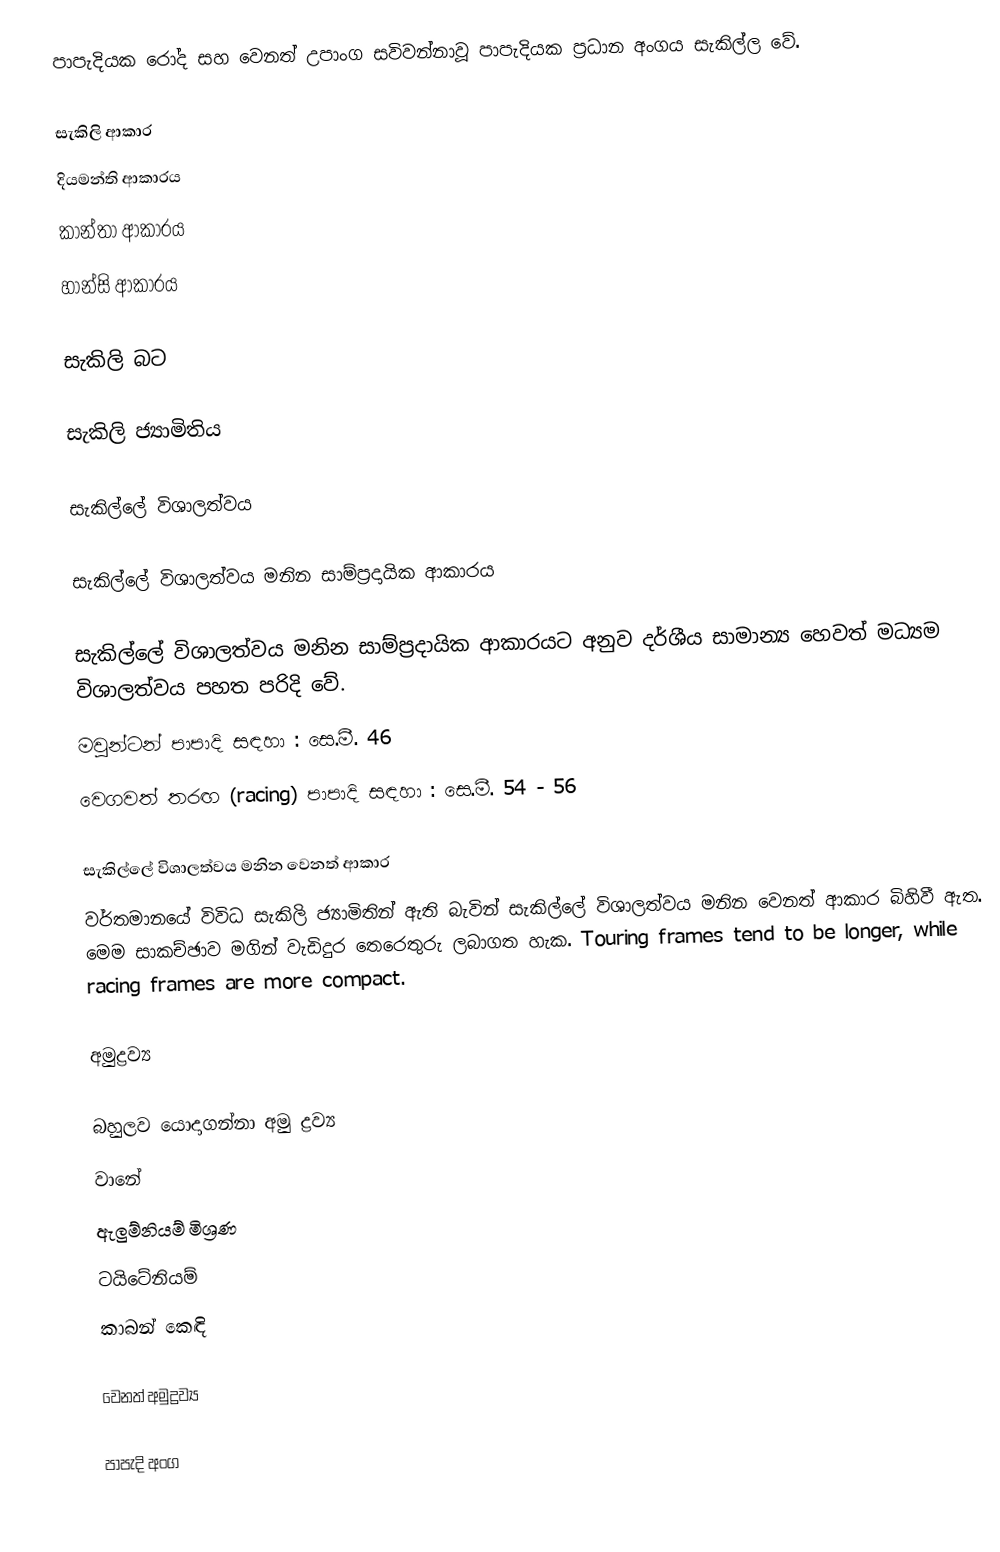
පාපැදියක රෝද සහ වෙනත් උපාංග සවිවන්නාවූ පාපැදියක ප්‍රධාන අංගය සැකිල්ල වේ.

සැකිලි ආකාර
 දියමන්ති ආකාරය
 කාන්තා ආකාරය
 හාන්සි ආකාරය

සැකිලි බට

සැකිලි ජ්‍යාමිතිය

සැකිල්ලේ විශාලත්වය

සැකිල්ලේ විශාලත්වය මනින සාම්ප්‍රදායික ආකාරය

සැකිල්ලේ විශාලත්වය මනින සාම්ප්‍රදායික ආකාරයට අනුව දර්ශීය සාමාන්‍ය හෙවත් මධ්‍යම විශාලත්වය පහත පරිදි වේ.
 මවුන්ටන් පාපාදි සඳහා : සෙ.මී. 46
 වෙගවත් තරඟ (racing) පාපාදි සඳහා : සෙ.මී. 54 - 56

සැකිල්ලේ විශාලත්වය මනින වෙනත් ආකාර
වර්තමානයේ විවිධ සැකිලි ජ්‍යාමිතින් ඇති බැවින් සැකිල්ලේ විශාලත්වය මනින වෙනත් ආකාර බිහිවී ඇත. මෙම සාකච්ඡාව මගින් වැඩිදුර තෙරෙතුරු ලබාගත හැක. Touring frames tend to be longer, while racing frames are more compact.

අමුද්‍රව්‍ය

බහුලව යොදාගන්නා අමු ද්‍රව්‍ය
 වානේ
 ඇලුම්නියම් මිශ්‍රණ
 ටයිටේනියම්
 කාබන් කෙඳි

වෙනත් අමුද්‍රව්‍ය

පාපැදි අංග